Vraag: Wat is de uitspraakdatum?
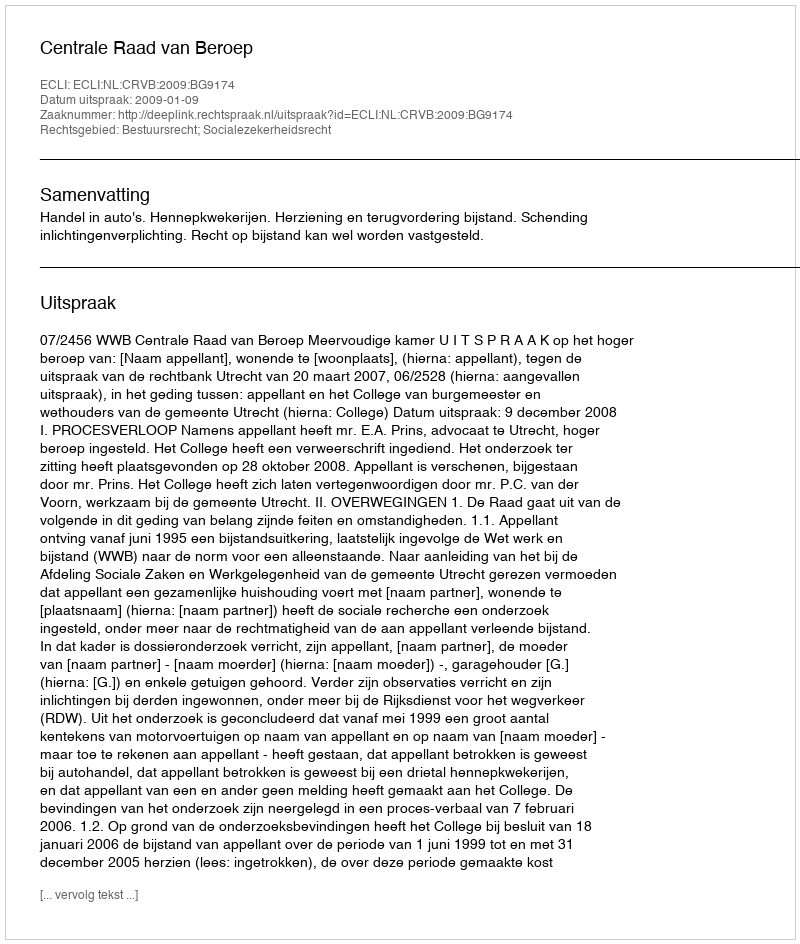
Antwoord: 2009-01-09